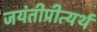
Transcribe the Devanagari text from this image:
जयंतीप्रीत्यर्थ